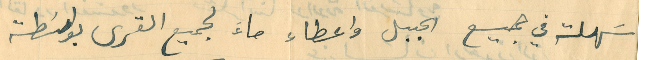
سَهلت في جميع الجبل واعطاء ماءَ لجميع القرى بواسَطة